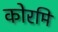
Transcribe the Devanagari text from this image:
कोरमि